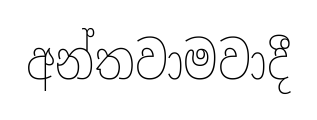
අන්තවාමවාදී